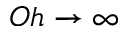
O h \rightarrow \infty